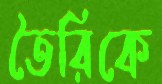
তৈরিকে